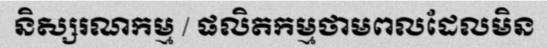
និស្សរណកម្ម / ផលិតកម្មថាមពលដែលមិន